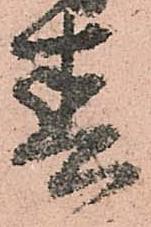
春